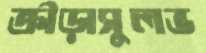
ক্রীড়াসুলভ